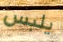
يلبس